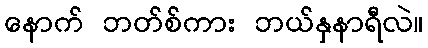
နောက် ဘတ်စ်ကား ဘယ်နှနာရီလဲ။